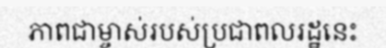
ភាពជាម្ចាស់របស់ប្រជាពលរដ្ឋនេះ